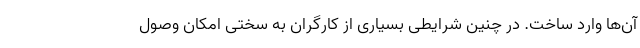
آن‌ها وارد ساخت. در چنین شرایطی بسیاری از کارگران به سختی امکان وصول